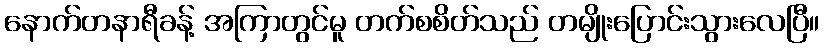
နောက်တနာရီခန့် အကြာတွင်မူ တက်စစိတ်သည် တမျိုးပြောင်းသွားလေပြီ။